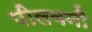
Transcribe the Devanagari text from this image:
पीलवनी